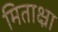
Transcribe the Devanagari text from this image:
मिताक्ष्रा